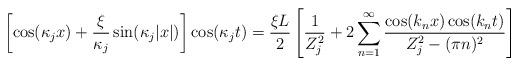
LaTeX: \begin{align*}\left[\cos(\kappa_j x) + \frac{\xi}{\kappa_j} \sin(\kappa_j |x|)\right]\cos(\kappa_j t) = \frac{\xi L}{2}\left[ \frac{1}{Z_j^2} + 2\sum_{n=1}^\infty \frac{\cos(k_n x)\cos(k_n t)}{Z_j^2-(\pi n)^2}\right]\end{align*}